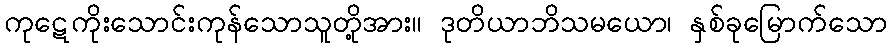
ကုဋေကိုးသောင်းကုန်သောသူတို့အား။ ဒုတိယာဘိသမယော၊ နှစ်ခုမြောက်သော